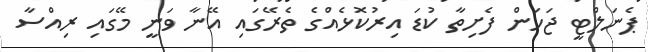
ޕެނަލްޓީ ޖަހަން ފެށިތާ ކުޑަ އިރުކޮޅެއްގެ ތެރޭގައި އޭނާ ވަނީ މޭގައި ރިއްސާ